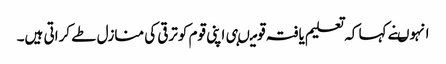
انہوںنے کہا کہ تعلیم یافتہ قومیںہی اپنی قوم کوترقی کی منازل طے کراتی ہیں۔